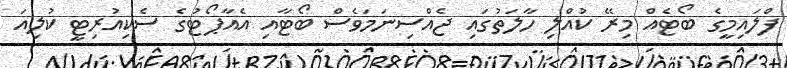
ފްލައިމީގެ ބޯޓެއް މިރޭ ކުއްލި ހާލަތުގައި ޖެއްސިނަމަވެސް ބޯޓާއި އެއާޕޯޓުގެ ސެކިއުރިޓީ ކުލިއަ